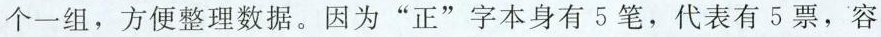
个一组，方便整理数据。因为“正”字本身有5 笔，代表有 5 票，容